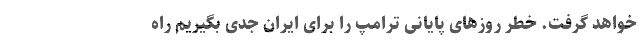
خواهد گرفت. خطر روزهای پایانی ترامپ را برای ایران جدی بگیریم راه